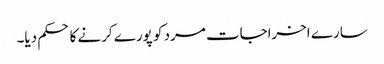
سارے اخراجات مرد کو پورے کرنے کا حکم دیا۔